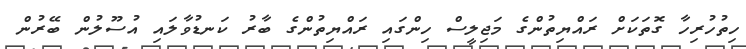
ހިތުހުރިހާ ގޮތަކަށް ރައްޔިތުންގެ މަޖިލީސް ހިންގައި ރައްޔިތުންގެ ބާރު ކަނޑުވާލައި އުސޫލުން ބޭރުން